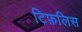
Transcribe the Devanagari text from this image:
टिफ़लिस